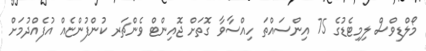
މޯލްޑިވްސް ލިމިޓެޑުގެ 75 އިންސައްތަ ހިއްސާވާ ގޮތަށް ޖޮއިންޓް ވެންޗަރ ކުންފުންޏެއް އުފެއްދުމަށް